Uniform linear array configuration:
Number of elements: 32
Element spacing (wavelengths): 1
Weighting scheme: cosine
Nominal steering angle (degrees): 60
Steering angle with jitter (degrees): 58.066
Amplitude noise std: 0.05
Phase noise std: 0.05

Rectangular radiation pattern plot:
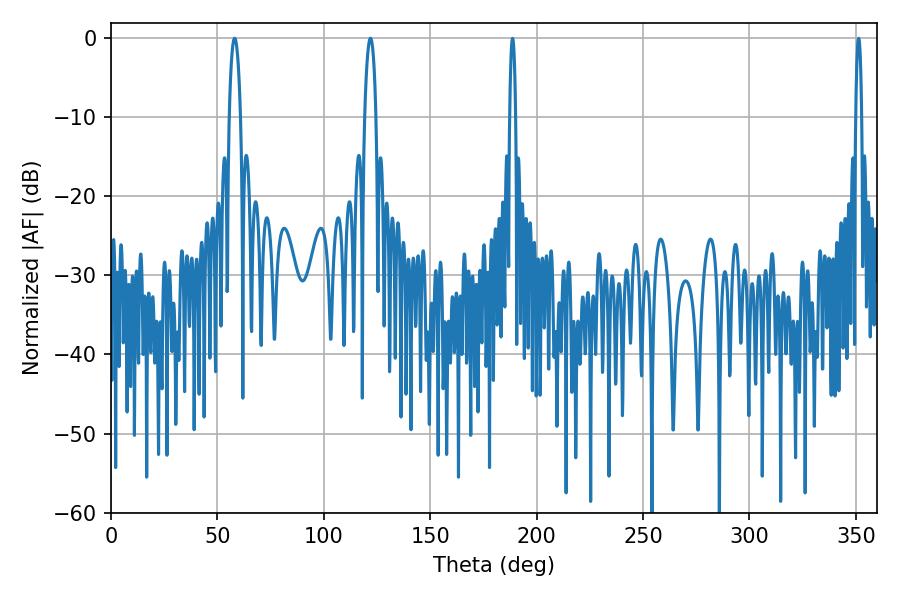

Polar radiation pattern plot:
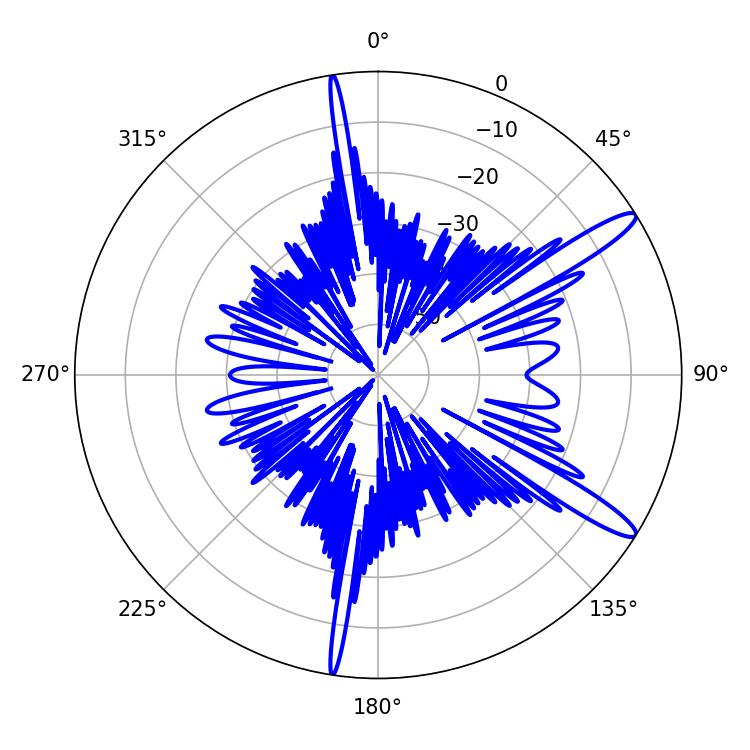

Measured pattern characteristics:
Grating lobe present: TRUE
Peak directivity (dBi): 13.418
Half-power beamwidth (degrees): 2.88
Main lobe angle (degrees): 58.14